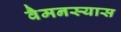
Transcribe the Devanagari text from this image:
वैमनस्यास